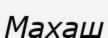
Махаш